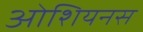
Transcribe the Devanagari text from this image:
ओशियनस